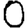
Digit: 0